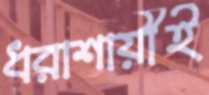
ধরাশায়ীই